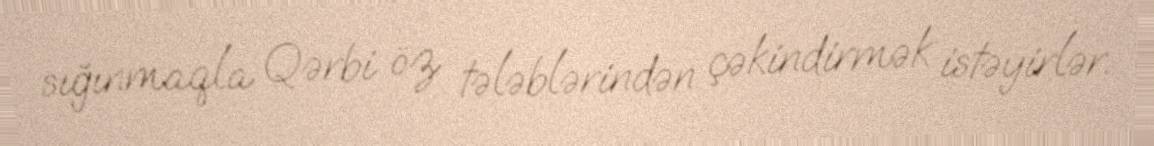
sığınmaqla Qərbi öz tələblərindən çəkindirmək istəyirlər.